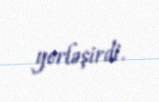
yerləşirdi.